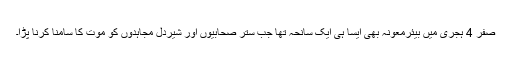
صفر 4 ہجری میں بیئرمعونہ بھی ایسا ہی ایک سانحہ تھا جب ستّر صحابیوںؓ اور شیردل مجاہدوں کو موت کا سامنا کرنا پڑا۔